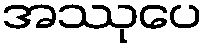
အဿုပေ